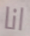
انا